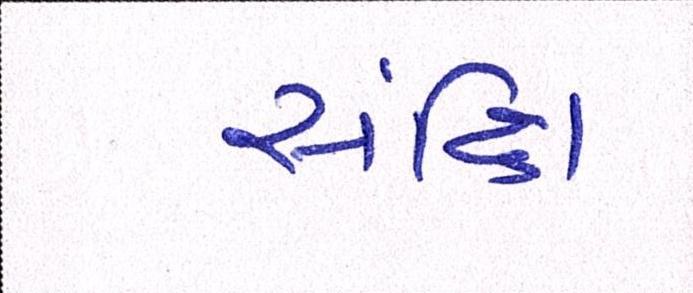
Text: સંક્ષિ